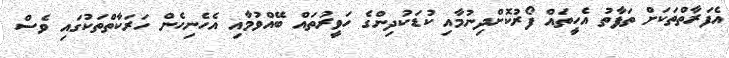
އެފަރާތްތަކަށް ތަފާތު އެހީތައް ފޯރުކޮށްދިނުމާއި ކުޑަކުދިންގެ ހަވީރުތައް ބޭއްވުމާއި އެހެނިހެން ހަރަކާތްތަކުގައި ވެސް